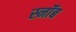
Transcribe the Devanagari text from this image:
स्नॉब